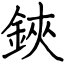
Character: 鋏